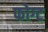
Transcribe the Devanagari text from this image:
फोग्ट